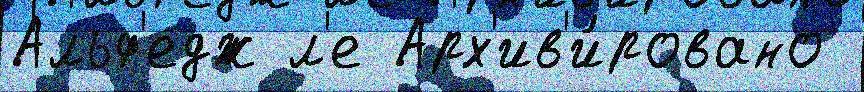
Альф'едж л'е Арх'ив'и́ровано